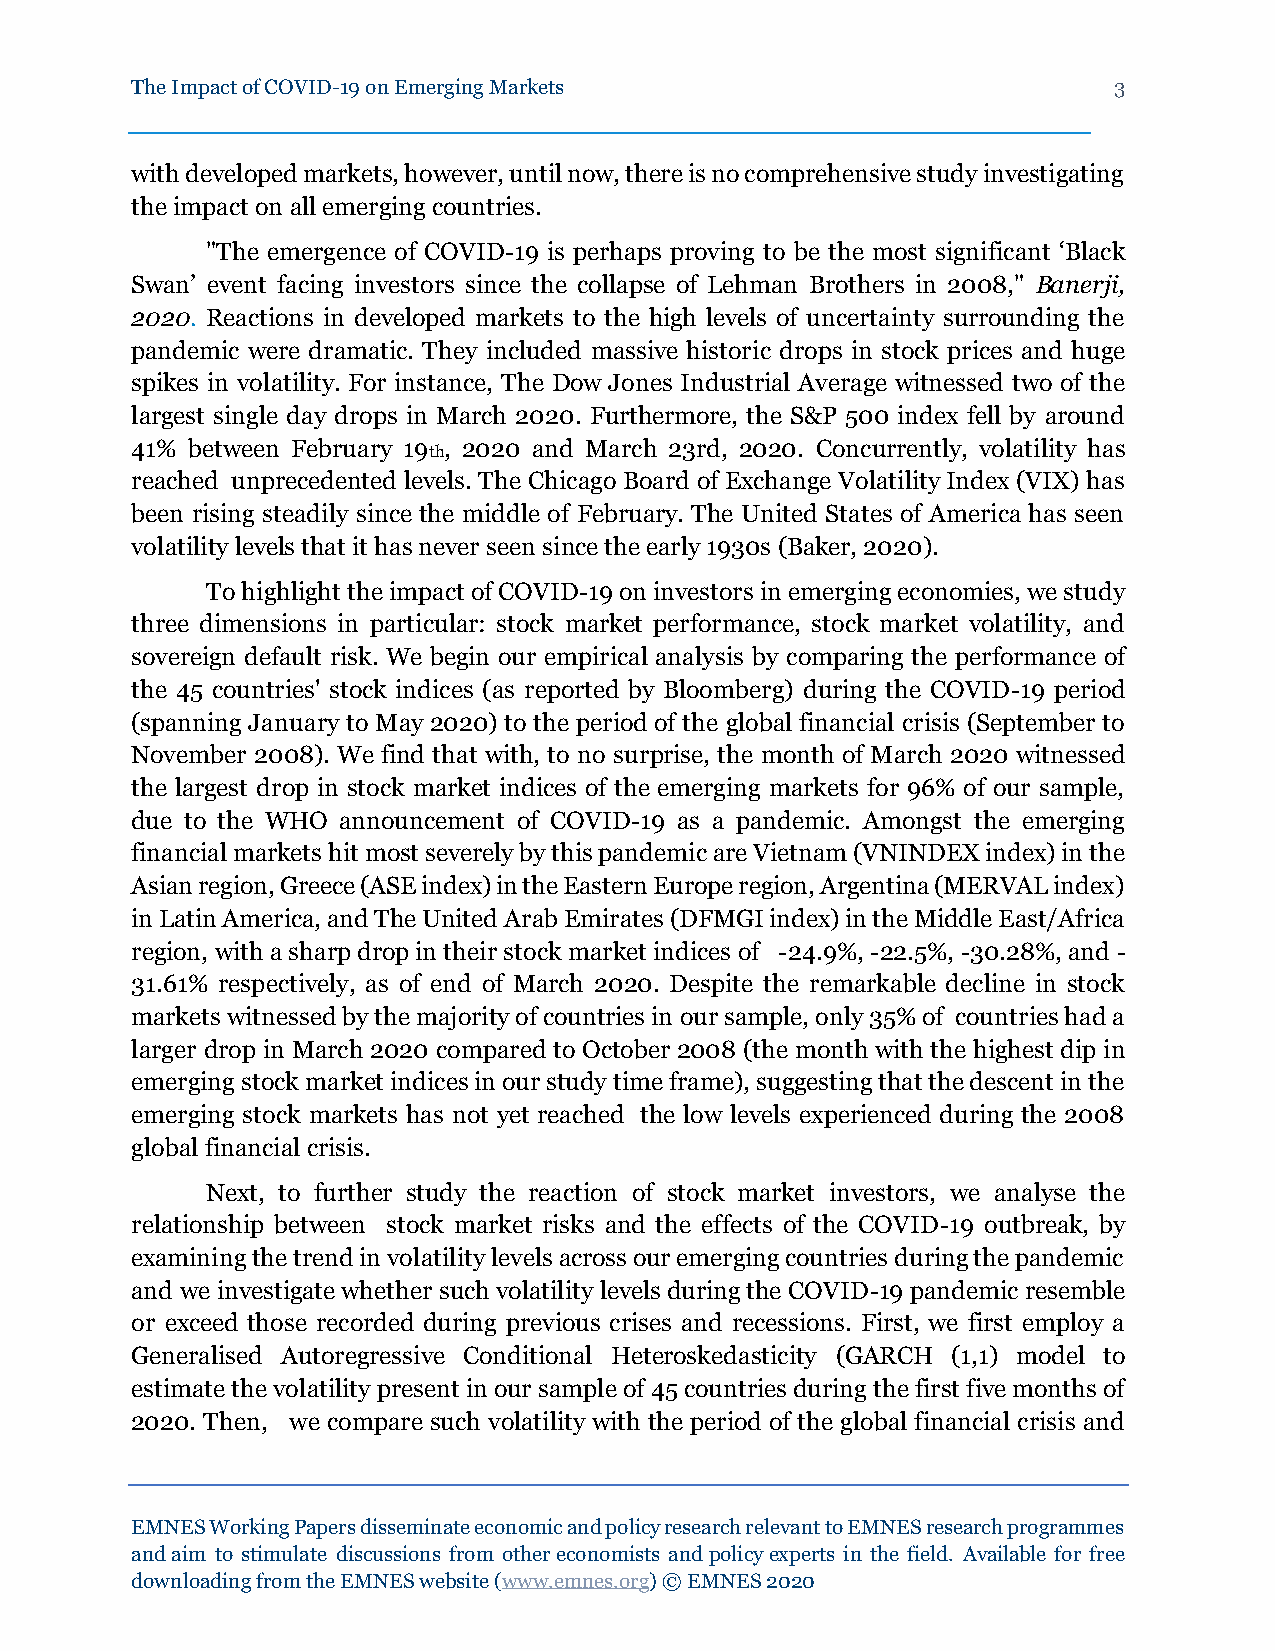
The Impact of COVID-19 on Emerging Markets                       3
 with developed markets, however, until now, there is no comprehensive study investigating
 the impact on all emerging countries.
 "The emergence of COVID-19 is perhaps proving to be the most significant ‘Black
 Swan’ event facing investors since the collapse of Lehman Brothers in 2008," Banerji,
 2020. Reactions in developed markets to the high levels of uncertainty surrounding the
 pandemic were dramatic. They included massive historic drops in stock prices and huge
 spikes in volatility. For instance, The Dow Jones Industrial Average witnessed two of the
 largest single day drops in March 2020. Furthermore, the S&P 500 index fell by around
 41% between February 19 , 2020 and March 23rd, 2020. Concurrently, volatility has
 th
 reached unprecedented levels. The Chicago Board of Exchange Volatility Index (VIX) has
 been rising steadily since the middle of February. The United States of America has seen
 volatility levels that it has never seen since the early 1930s (Baker, 2020).
 To highlight the impact of COVID-19 on investors in emerging economies, we study
 three dimensions in particular: stock market performance, stock market volatility, and
 sovereign default risk. We begin our empirical analysis by comparing the performance of
 the 45 countries' stock indices (as reported by Bloomberg) during the COVID-19 period
 (spanning January to May 2020) to the period of the global financial crisis (September to
 November 2008). We find that with, to no surprise, the month of March 2020 witnessed
 the largest drop in stock market indices of the emerging markets for 96% of our sample,
 due to the WHO announcement of COVID-19 as a pandemic. Amongst the emerging
 financial markets hit most severely by this pandemic are Vietnam (VNINDEX index) in the
 Asian region, Greece (ASE index) in the Eastern Europe region, Argentina (MERVAL index)
 in Latin America, and The United Arab Emirates (DFMGI index) in the Middle East/Africa
 region, with a sharp drop in their stock market indices of -24.9%, -22.5%, -30.28%, and -
 31.61% respectively, as of end of March 2020. Despite the remarkable decline in stock
 markets witnessed by the majority of countries in our sample, only 35% of countries had a
 larger drop in March 2020 compared to October 2008 (the month with the highest dip in
 emerging stock market indices in our study time frame), suggesting that the descent in the
 emerging stock markets has not yet reached the low levels experienced during the 2008
 global financial crisis.
 Next, to further study the reaction of stock market investors, we analyse the
 relationship between stock market risks and the effects of the COVID-19 outbreak, by
 examining the trend in volatility levels across our emerging countries during the pandemic
 and we investigate whether such volatility levels during the COVID-19 pandemic resemble
 or exceed those recorded during previous crises and recessions. First, we first employ a
 Generalised Autoregressive Conditional Heteroskedasticity (GARCH (1,1) model to
 estimate the volatility present in our sample of 45 countries during the first five months of
 2020. Then, we compare such volatility with the period of the global financial crisis and
 EMNES Working Papers disseminate economic and policy research relevant to EMNES research programmes
 and aim to stimulate discussions from other economists and policy experts in the field. Available for free
 downloading from the EMNES website (www.emnes.org) © EMNES 2020